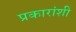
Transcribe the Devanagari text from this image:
प्रकारांशी